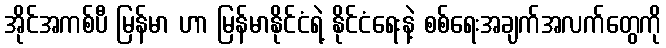
အိုင်အကစ်ပီ မြန်မာ ဟာ မြန်မာနိုင်ငံရဲ့ နိုင်ငံရေးနဲ့ စစ်ရေးအချက်အလက်တွေကို